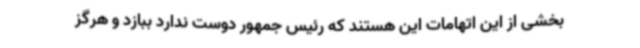
بخشی از این اتهامات این هستند که رئیس جمهور دوست ندارد ببازد و هرگز